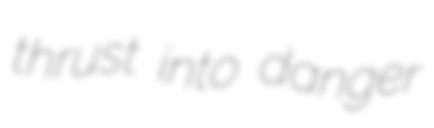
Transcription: thrust into danger